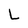
Character: L